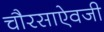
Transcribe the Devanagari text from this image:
चौरसाऐवजी